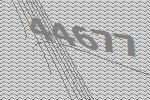
44677